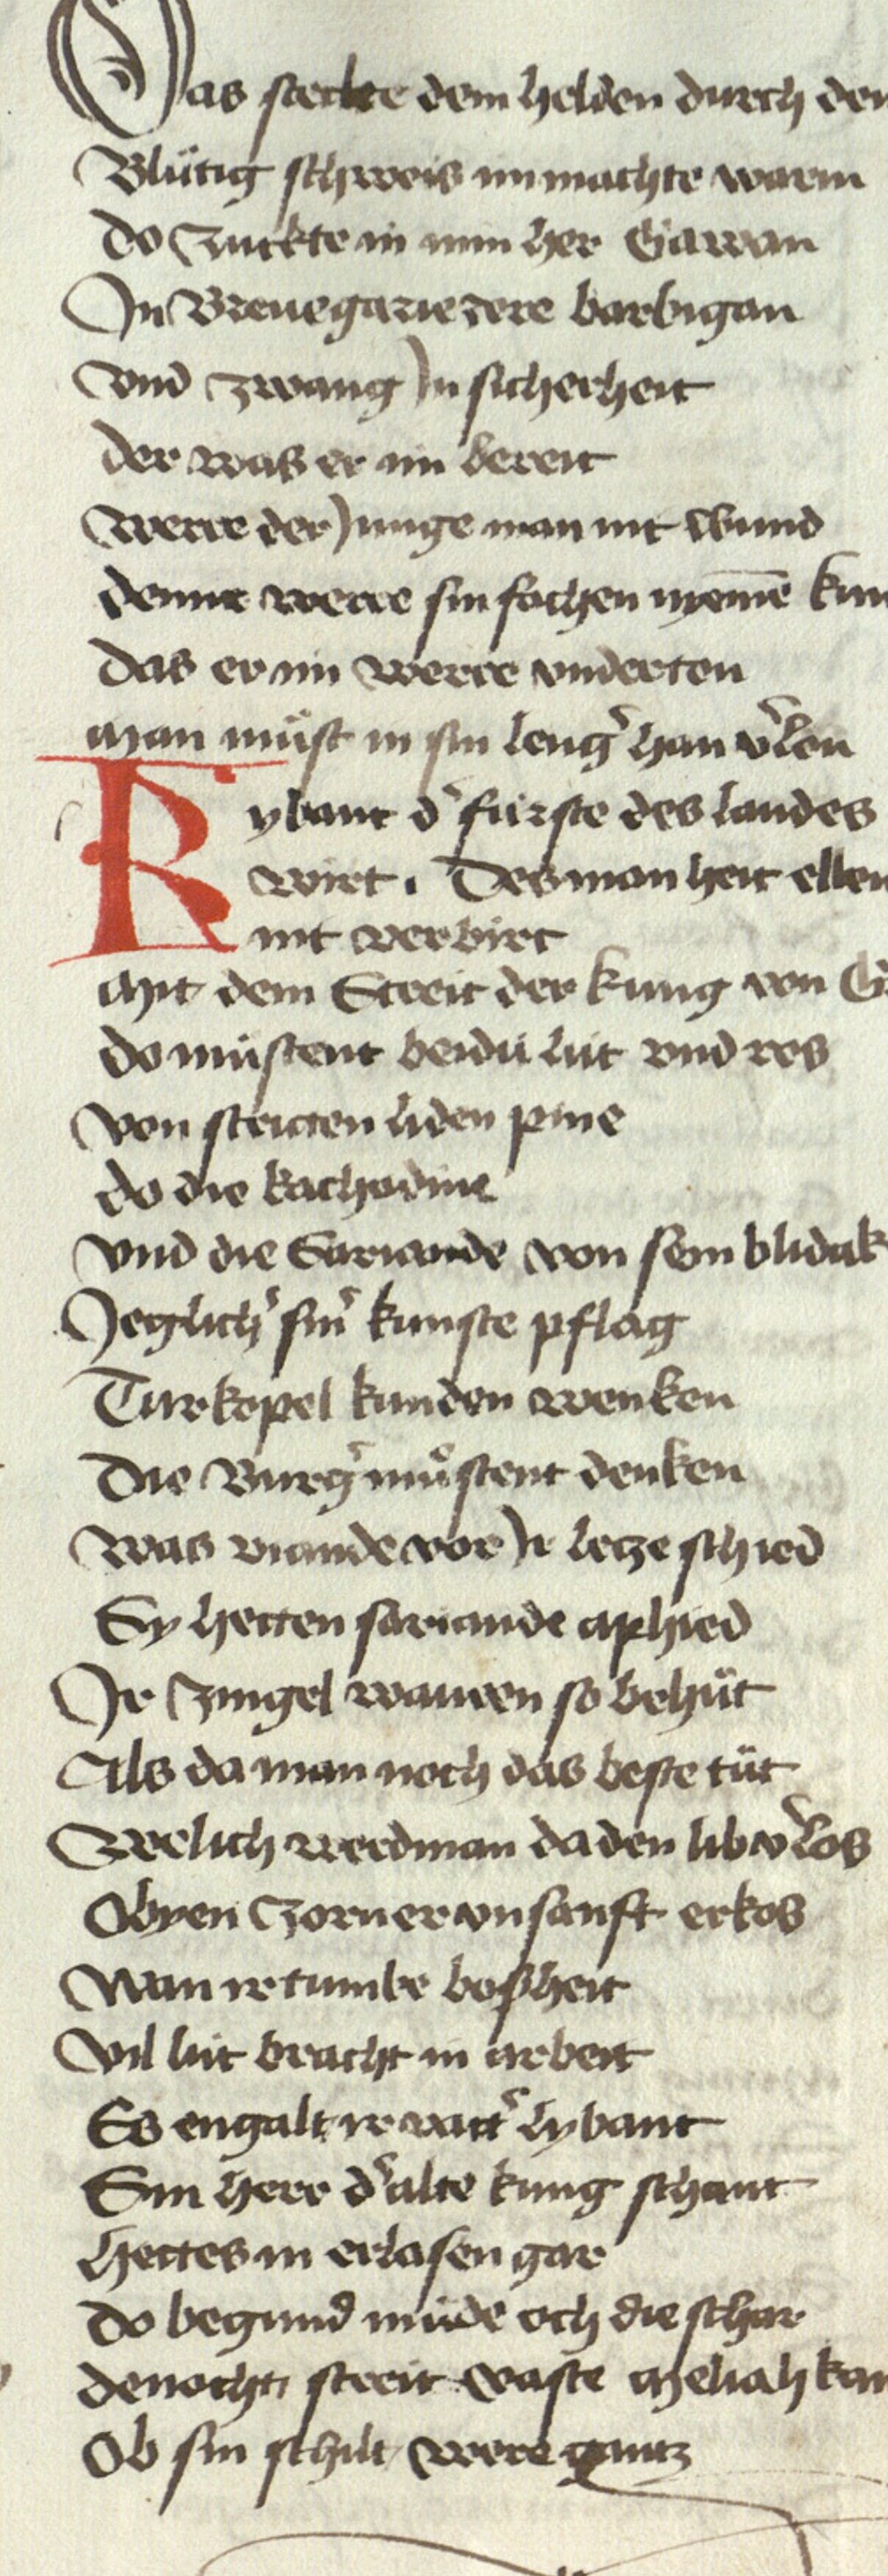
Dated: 1467–1467